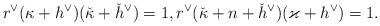
LaTeX: \begin{align*}r^\vee (\kappa+h^\vee) (\check{\kappa}+\check{h}^\vee)=1,r^\vee (\check{\kappa}+n+\check{h}^\vee)(\varkappa+h^\vee)=1.\end{align*}